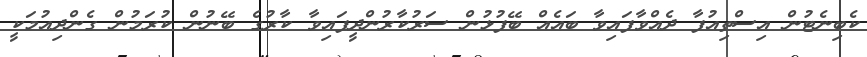
ކެބިނެޓުން އިސްތިއުފާ ދެއްވާފައިވާ ބައެއް ބޭފުޅުން ސަރުކާރުންދީފައިވާ ކާރުގެ ބޭނުން ކުރަމުން ގެންދިއުމަކީ